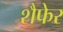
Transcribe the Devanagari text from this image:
शैफेर